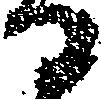
日